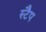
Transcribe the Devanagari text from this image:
स्टैप